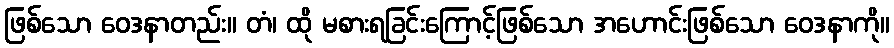
ဖြစ်သော ဝေဒနာတည်း။ တံ၊ ထို မစားရခြင်းကြောင့်ဖြစ်သော အဟောင်းဖြစ်သော ဝေဒနာကို။